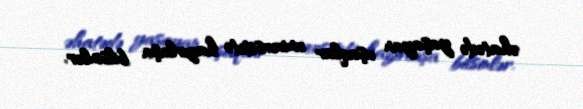
əhatədə yaşayan uşaqlar universitetə hazırlaşa bilsinlər.